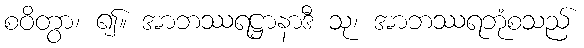
စဝိတွာ၊ ၍။ အာဘဿရဋ္ဌာနာဒီ သု၊ အာဘဿရဘုံစသည်